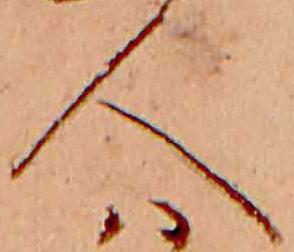
人